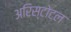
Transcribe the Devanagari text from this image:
अरिस्टोटल